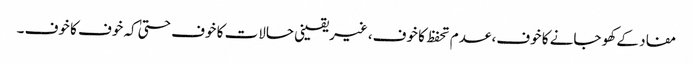
مفاد کے کھو جانے کا خوف، عدم تحفظ کا خوف، غیریقینی حالات کا خوف حتیٰ کہ خوف کا خوف ۔